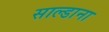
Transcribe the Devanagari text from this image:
साल्डाना